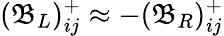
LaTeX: (\mathfrak{B}_{L})_{ij}^{+}\approx-(\mathfrak{B}_{R})_{ij}^{+}